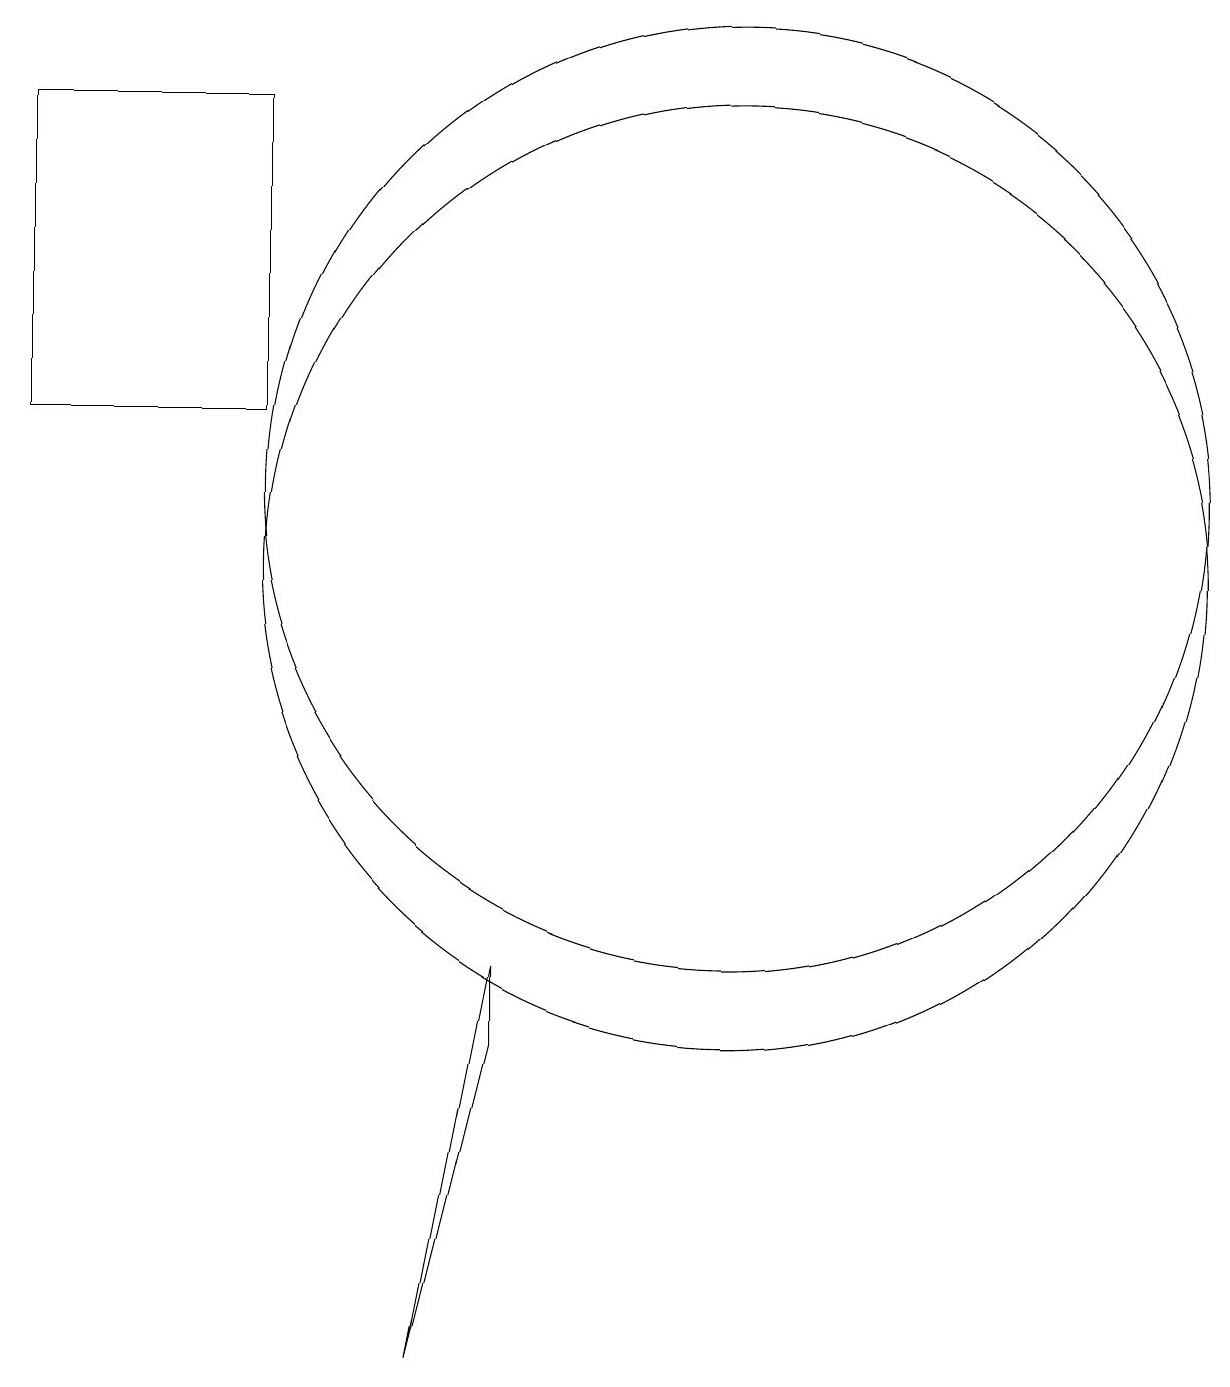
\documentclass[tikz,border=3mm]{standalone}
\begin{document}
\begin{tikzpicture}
\draw (11,11) circle (6);
\draw (8,4) -- (8,5) -- (7,0) -- cycle;
\draw (2,12) rectangle (5,16);
\draw (11,10) circle (6);
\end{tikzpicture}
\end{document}